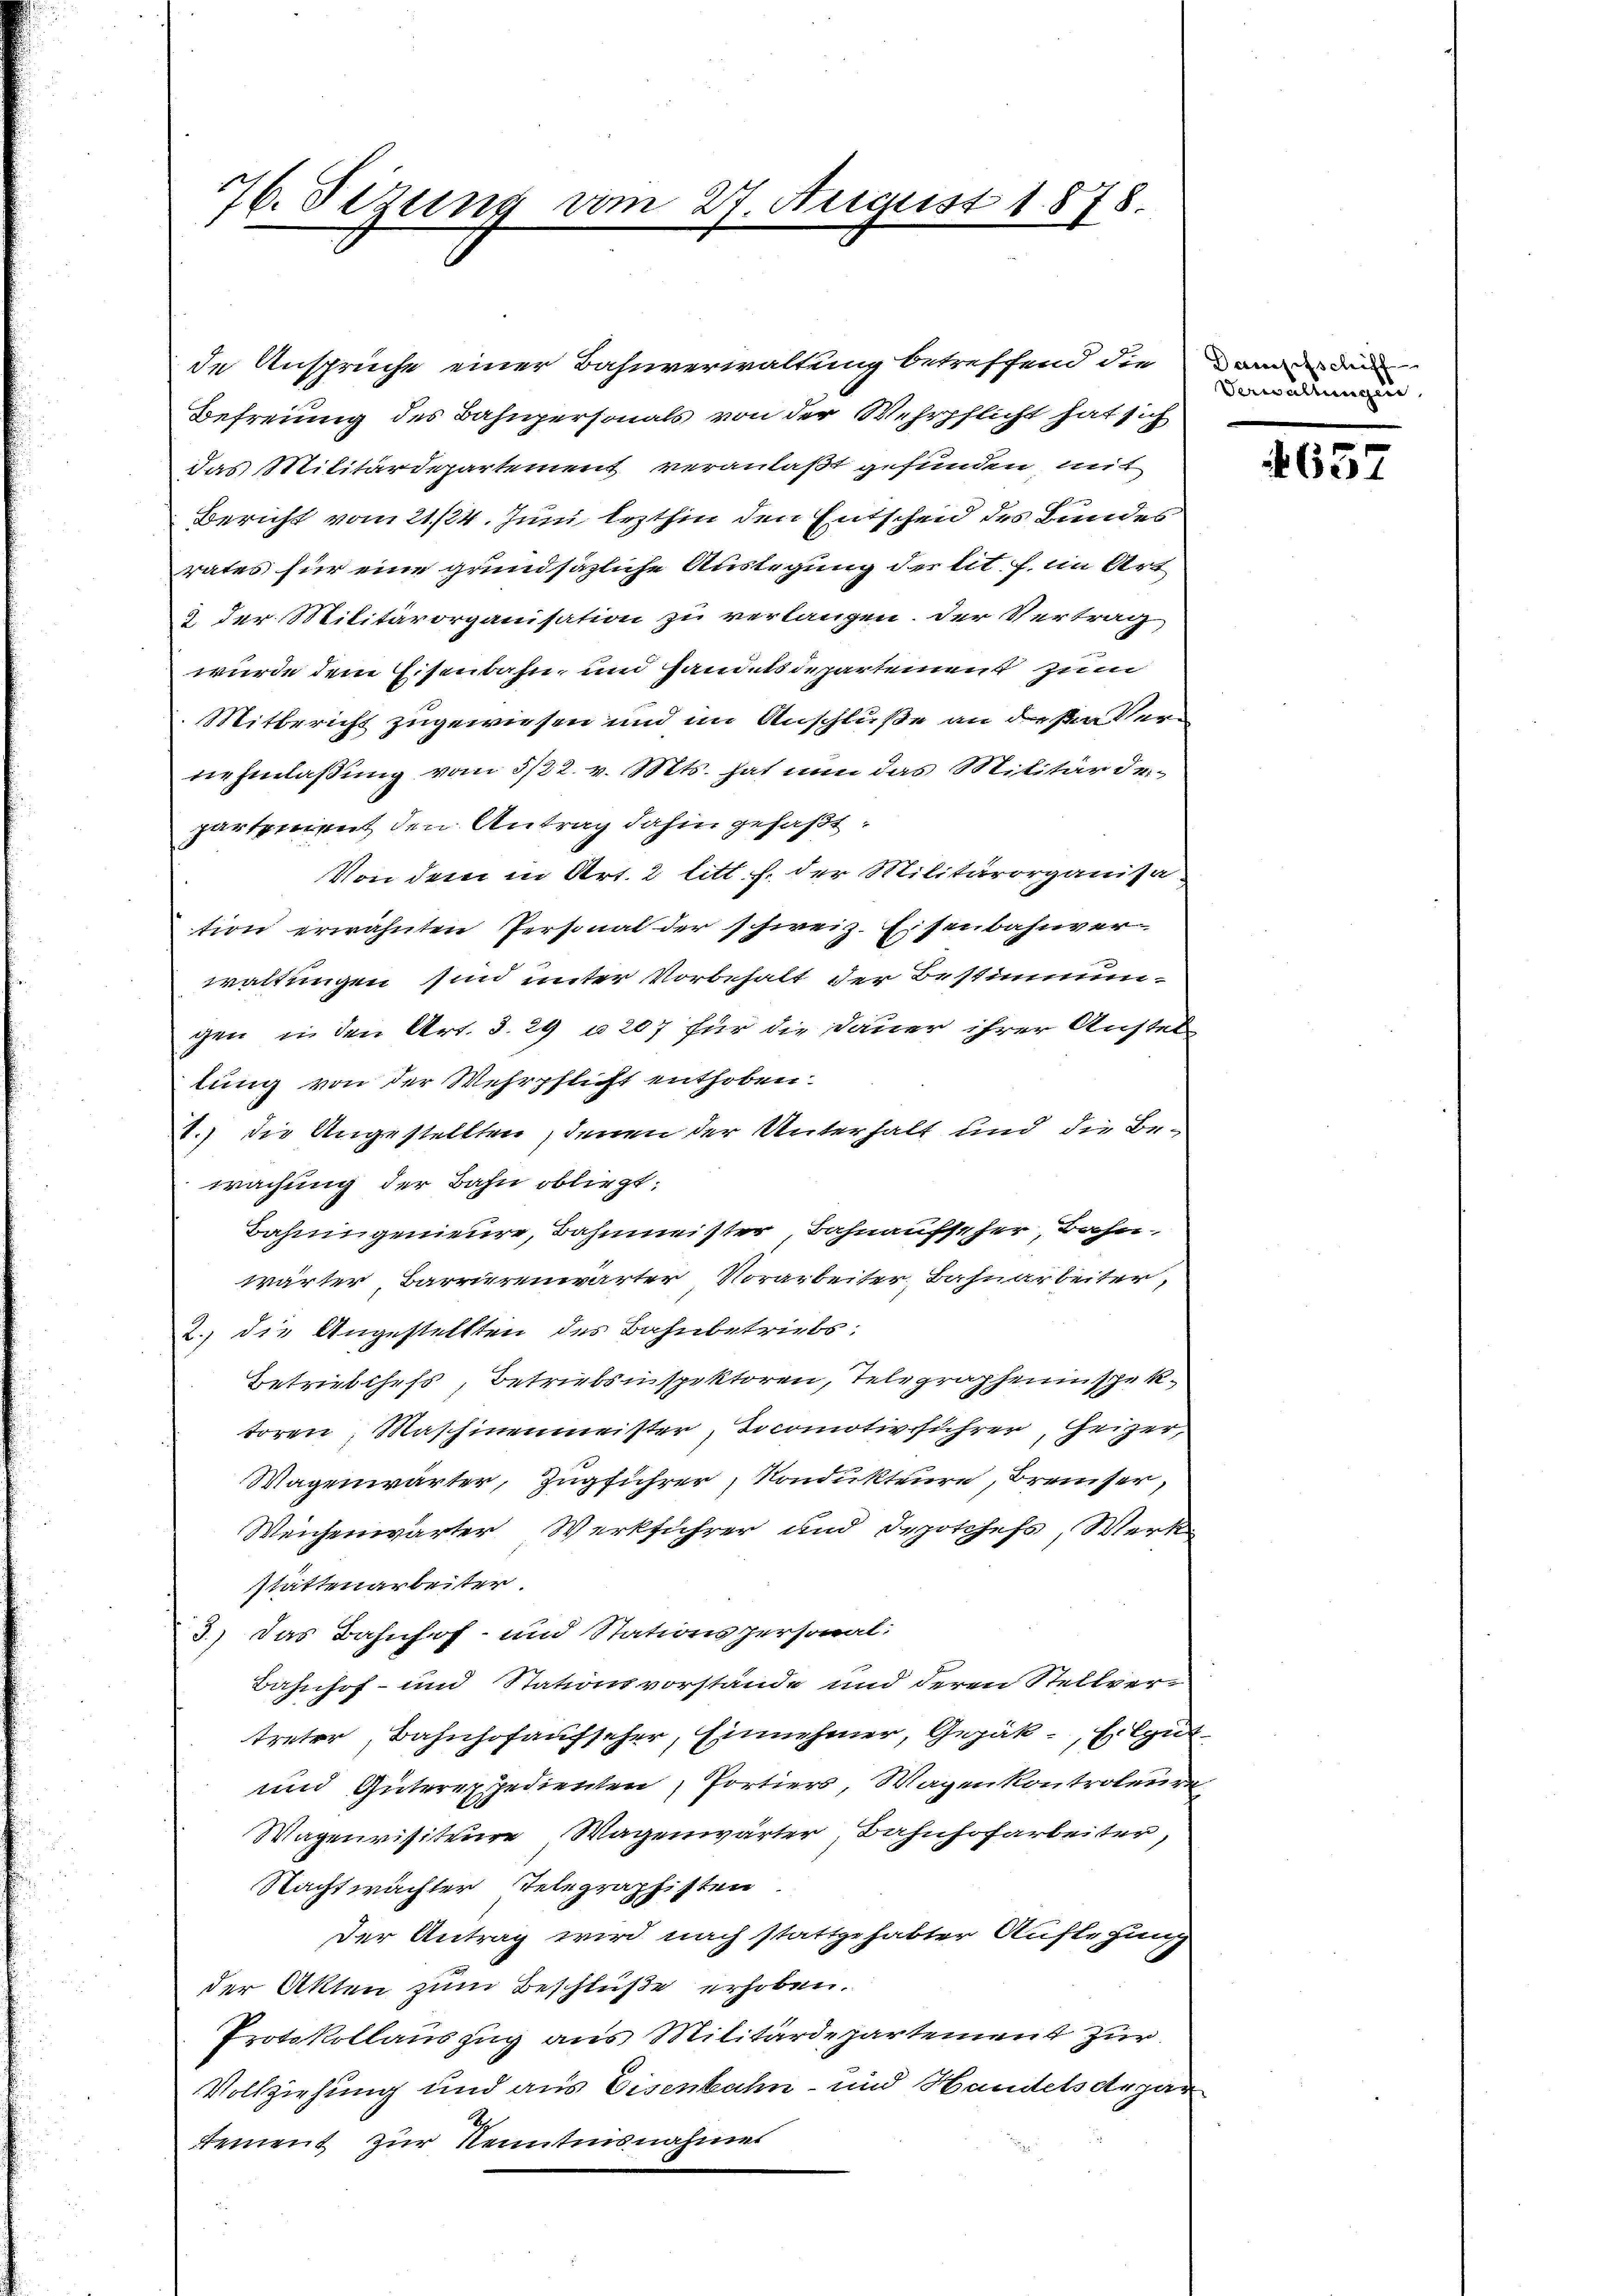
76. Sezung vom 27. August 1878.

das Militärdepartement veranlaßt gefunden, mit
Bericht vom 21./24. Juni lezthin den Entscheid des Bundes
rates für eine grundsätzliche Auslegung der lit. f. im Art.
2 der Militärorganisation zu verlangen. Der Vertrag
wurde dem Eisenbahn und Handelsdepartement zum
Mitbericht zugewiesen und im Anschluße an des Vernehmlaßung vom 3/22. v. Mts. hat nun das Militärder-
partement den Antrag dahin gefaßt
Von dem in Art. 2 litt. h. der Militärorganisa-
tion erwähnten Personal der schweiz. Eisenbahnver-
x
waltungen sind unter Vorbehalt der Bestimmen-
gen, in den Art. 3. 29 u. 207 für die Dauer ihrer Austel
lung von der Wehrpflicht enthoben.
V.) die Angestellten, denen der Unterhalt und die Bewachung der Bahn obliegt:
Bahningenieure, Bahnmeister, Bahnaufseher, Bahn
wärter Barrierenwärter Vorarbeiter Bahnarbeiter,
2.) die Angestellten des Bahnbetriebs
Betriebchefs, Betriebsinspektoren, Telegrapheninspektoren, Maschinenmeister, Docomotivführer Heizer,
Wagenwärter, Zugführer, Kondukteure, Breiser,
Weichenwärter Werkführer und depotchefs, Werkstättenarbeiter.
3.) Das Bahnhof- und Stationspersonal:
Bahnhof- und Stationsvorstände und deren Stellver-
treter, Bahnhofaufseher, Einnehmer, Gepäk, gut
und Güterexpedienten, Portiers, Wagenkontroleure
Wagenvisiteure Wagenwärter, Bahnhofarbeiter,
Nachtwächter Telegraphisten
Der Antrag wird nach stattgehabter Auflegung
der Akten zum Beschlüße erhoben.
Protokollauszug aus Militärdepartement zur
Vollziehung und aus Eisenbahn- und Handels depar
t
Rement zur Nenntnisnahmes

de Ansprüche einer Bahnverwaltung betreffend die oder den
Befreiung des Bahnpersonals von der Wehrpflicht hat sich

Verwaltungen

657